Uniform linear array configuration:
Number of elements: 24
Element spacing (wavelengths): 0.75
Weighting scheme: kaiser
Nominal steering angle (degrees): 30
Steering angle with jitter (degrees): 29.673
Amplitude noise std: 0.05
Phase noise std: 0.05

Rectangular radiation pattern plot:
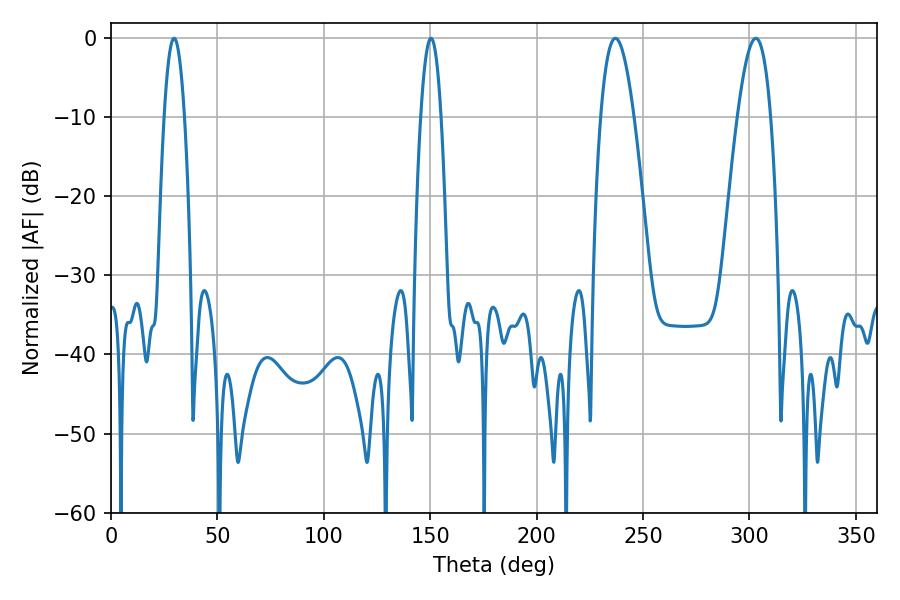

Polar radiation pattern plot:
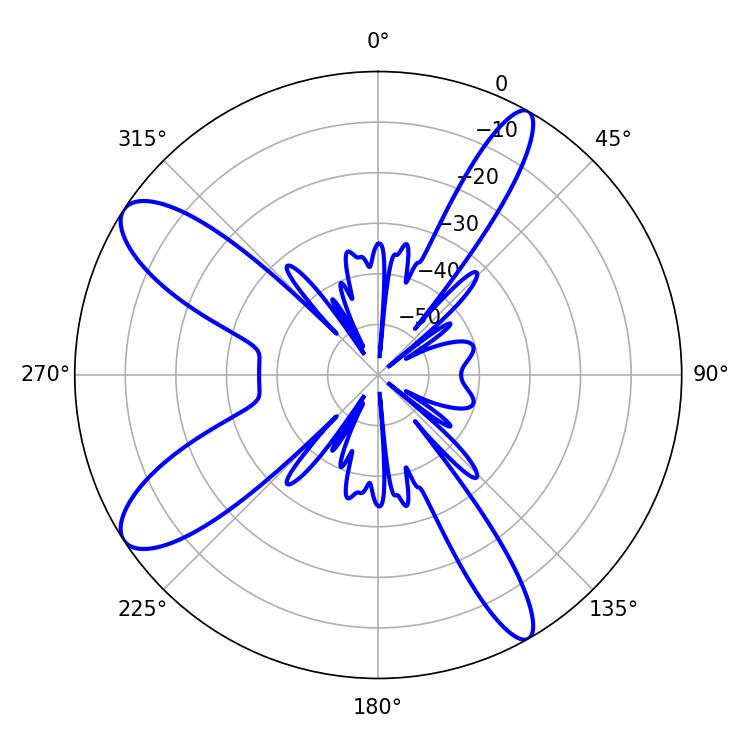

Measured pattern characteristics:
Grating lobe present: TRUE
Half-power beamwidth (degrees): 8.46
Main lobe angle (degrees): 302.94